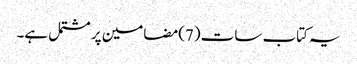
یہ کتاب سات (7)مضامین پر مشتمل ہے۔